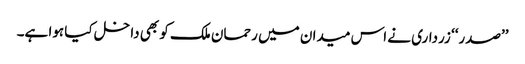
’’صدر‘‘ زرداری نے اس میدان میں رحمان ملک کو بھی داخل کیا ہوا ہے۔